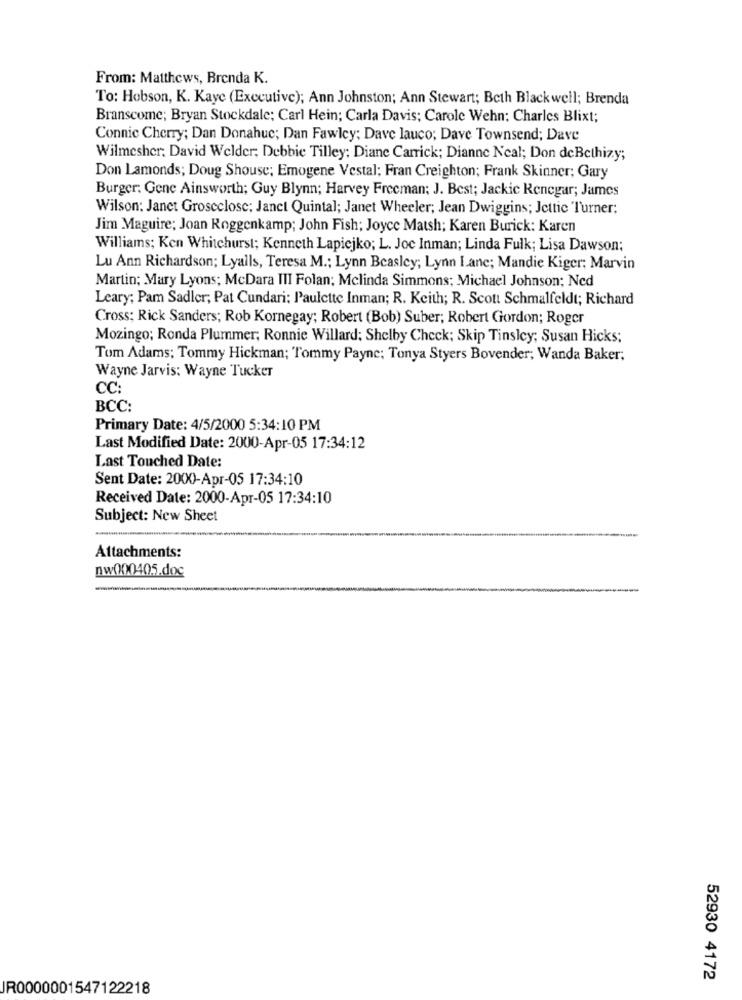
From: Matthews, Brenda K.
To: Hobson, K. Kaye (Executive); Ann Johnston; Ann Stewart; Beth Blackwell; Brenda
Branscome; Bryan Stockdale; Carl Hein; Carla Davis; Carole Wehn: Charles Blixt;
Connic Cherry; Dan Donahue; Dan Fawley; Dave lauco; Dave Townsend; Dave
Wilmesher; David Welder; Debbie Tilley; Diane Carrick; Dianne Neal; Don deBethizy;
Don Lamonds; Doug Shouse; Emogene Vestal; Fran Creighton; Frank Skinner; Gary
Burger: Gene Ainsworth; Guy Blynn; Harvey Freeman; J. Best; Jackie Renegar; James
Wilson: Janet Groseclose: Janet Quintal; Janet Wheeler; Jean Dwiggins; Jettic Turner:
Jim Maguire; Joan Roggenkamp; John Fish; Joyce Matsh; Karen Burick: Karen
Williams; Ken Whitehurst; Kenneth Lapiejko; L. Joe Inman; Linda Fulk; Lisa Dawson;
Lu Ann Richardson; Lyalls, Teresa M .; Lynn Beasley; Lynn Lane; Mandie Kiger; Marvin
Martin; Mary Lyons; McDara III Folan; Mclinda Simmons; Michael Johnson; Ned
Leary; Pam Sadler; Pat Cundari: Paulette Inman; R. Keith; R. Scott Schmalfeldt; Richard
Cross: Rick Sanders; Rob Kornegay; Robert (Bob) Suber; Robert Gordon; Roger
Mozingo; Ronda Plummer; Ronnie Willard: Shelby Check; Skip Tinsley; Susan Hicks;
Tom Adams; Tommy Hickman; Tommy Payne; Tonya Styers Bovender; Wanda Baker;
Wayne Jarvis: Wayne Tucker
CC:
BCC:
Primary Date: 4/5/2000 5:34:10 PM
Last Modified Date: 2000-Apr-05 17:34:12
Last Touched Date:
Sent Date: 2000-Apr-05 17:34:10
Received Date: 2000-Apr-05 17:34:10
Subject: New Sheet
Attachments:
nw000405.doc
52930 4172
JR0000001547122218